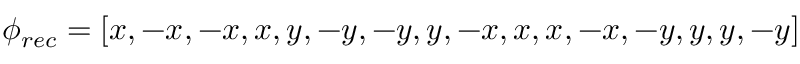
\phi _ { r e c } = [ x , - x , - x , x , y , - y , - y , y , - x , x , x , - x , - y , y , y , - y ]